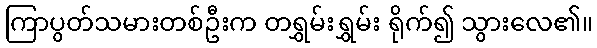
ကြာပွတ်သမားတစ်ဦးက တရွှမ်းရွှမ်း ရိုက်၍ သွားလေ၏။